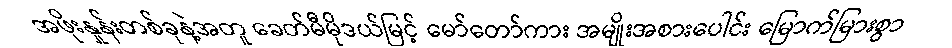
အဖိုးနှုန်းတစ်ခုနဲ့အတူ ခေတ်မီမိုဒယ်မြင့် မော်တော်ကား အမျိုးအစားပေါင်း မြောက်မြားစွာ